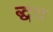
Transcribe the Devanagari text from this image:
द्धय